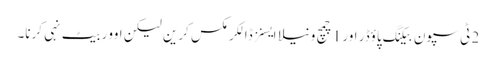
2 ٹی سپون بیکنگ پاؤڈر اور 1 چمچ ونیلا ایسنز ڈالکر مکس کرین لیکن اوور بیٹ نہی کرنا۔